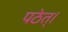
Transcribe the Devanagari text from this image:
पठेत्‌।